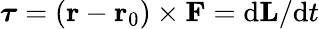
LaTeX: {\boldsymbol{\tau}}=\left(\mathbf{r}-\mathbf{r}_{0}\right)\times\mathbf{F}=\mathrm{d}\mathbf{L}/\mathrm{d}t